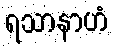
ရသာနာဟံ